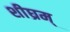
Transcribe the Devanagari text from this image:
शीघ्रम्